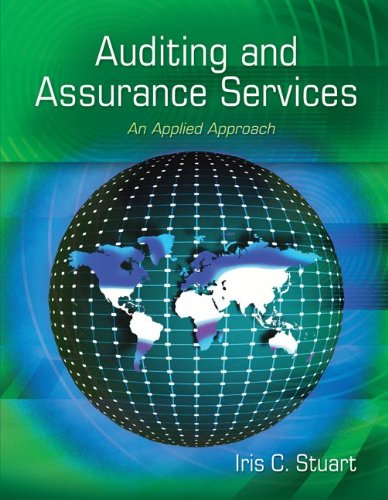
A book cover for Auditing and Assurance Services: An Applied Approach; Iris Stuart; Business & Money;